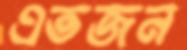
এতজন